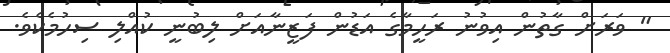
" ވަރަށް ގާތުން އިވުނު ރަހީމާގެ އަޑުން ފަޒީނާއަށް ލިބުނީ ކުއްލި ސިހުމެކެވެ.